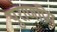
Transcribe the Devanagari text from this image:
पुराणप्रिय